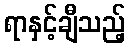
ရာနှင့်ချီသည့်